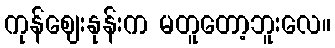
ကုန်ဈေးနုန်းက မတူတော့ဘူးလေ။